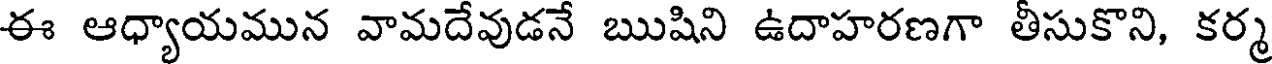
ఈ ఆధ్యాయమున వామదేవుడనే ఋషిని ఉదాహరణగా తీసుకొని, కర్మ